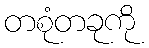
တစုံတခုကို